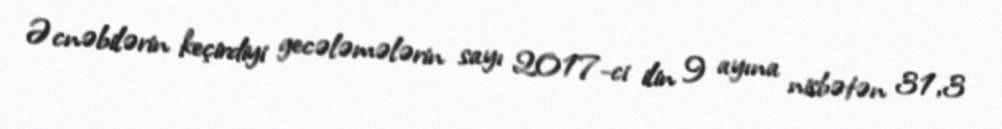
Əcnəbilərin keçirdiyi gecələmələrin sayı 2017-ci ilin 9 ayına nisbətən 31,3